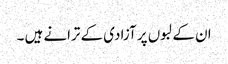
ان کے لبوں پر آزادی کے ترانے ہیں ۔